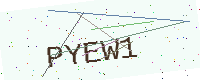
Text: PYEW1